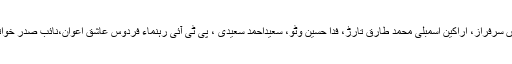
وزیراعلیٰ سے ملاقات کرنے والوں میں صوبائی وزیر یاسر ہمایوں سرفراز، اراکین اسمبلی محمد طارق تارڑ، فدا حسین وٹو، سعیداحمد سعیدی ، پی ٹی آئی رہنماء فردوس عاشق اعوان،نائب صدر خواتین ونگ سیما انوار،چوہدری اشفاق اورچوہدری کاشف شامل تھے۔